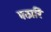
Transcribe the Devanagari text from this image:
पठारिं